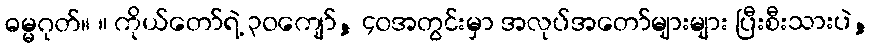
ဓမ္မဂုတ်။ ။ ကိုယ်တော်ရဲ့ ၃၀ကျော်, ၄၀အတွင်းမှာ အလုပ်အတော်များများ ပြီးစီးသားပဲ,